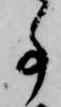
事